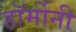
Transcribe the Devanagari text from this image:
हॉर्मोनी